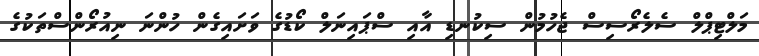
މަލްޓިޕްލް ސެލެރޯސިސް ޖެހުމުން ސިކުނޑި އާއި ސްޕައިނަލް ކޯޑުގެ ވަށައިގެން ހުންނަ ނިއުރޯންސްތަކުގެ